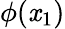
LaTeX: \phi(\mathit{x}_{1})